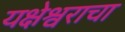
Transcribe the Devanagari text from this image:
यक्षेश्वराचा